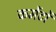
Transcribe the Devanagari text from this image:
कमेंटों